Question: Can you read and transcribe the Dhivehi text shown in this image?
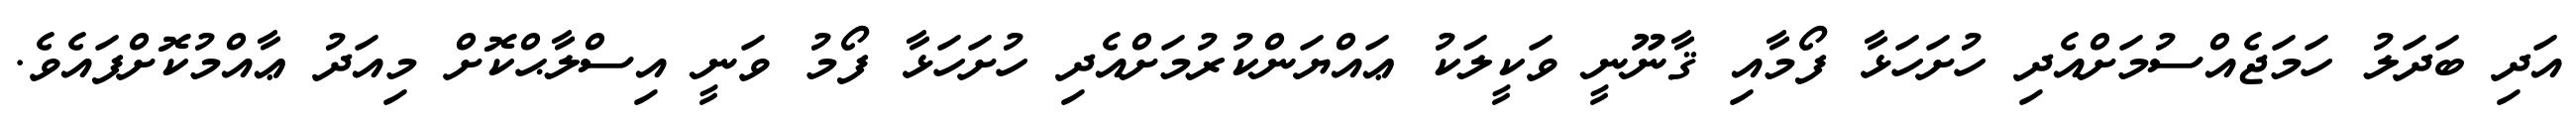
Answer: އަދި ބަދަލު ހަމަޖެއްސުމަށްއެދި ހުށަހަޅާ ފޯމާއި ޤާނޫނީ ވަކީލަކު ޢައްޔަންކުރުމަށްއެދި ހުށަހަޅާ ފޯމު ވަނީ އިސްލާޙްކޮށް މިއަދު ޢާއްމުކޮށްފައެވެ.